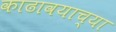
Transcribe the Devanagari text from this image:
काढावयाच्या